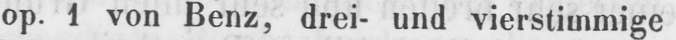
op. 1 von Benz, drei- und vierstimmige